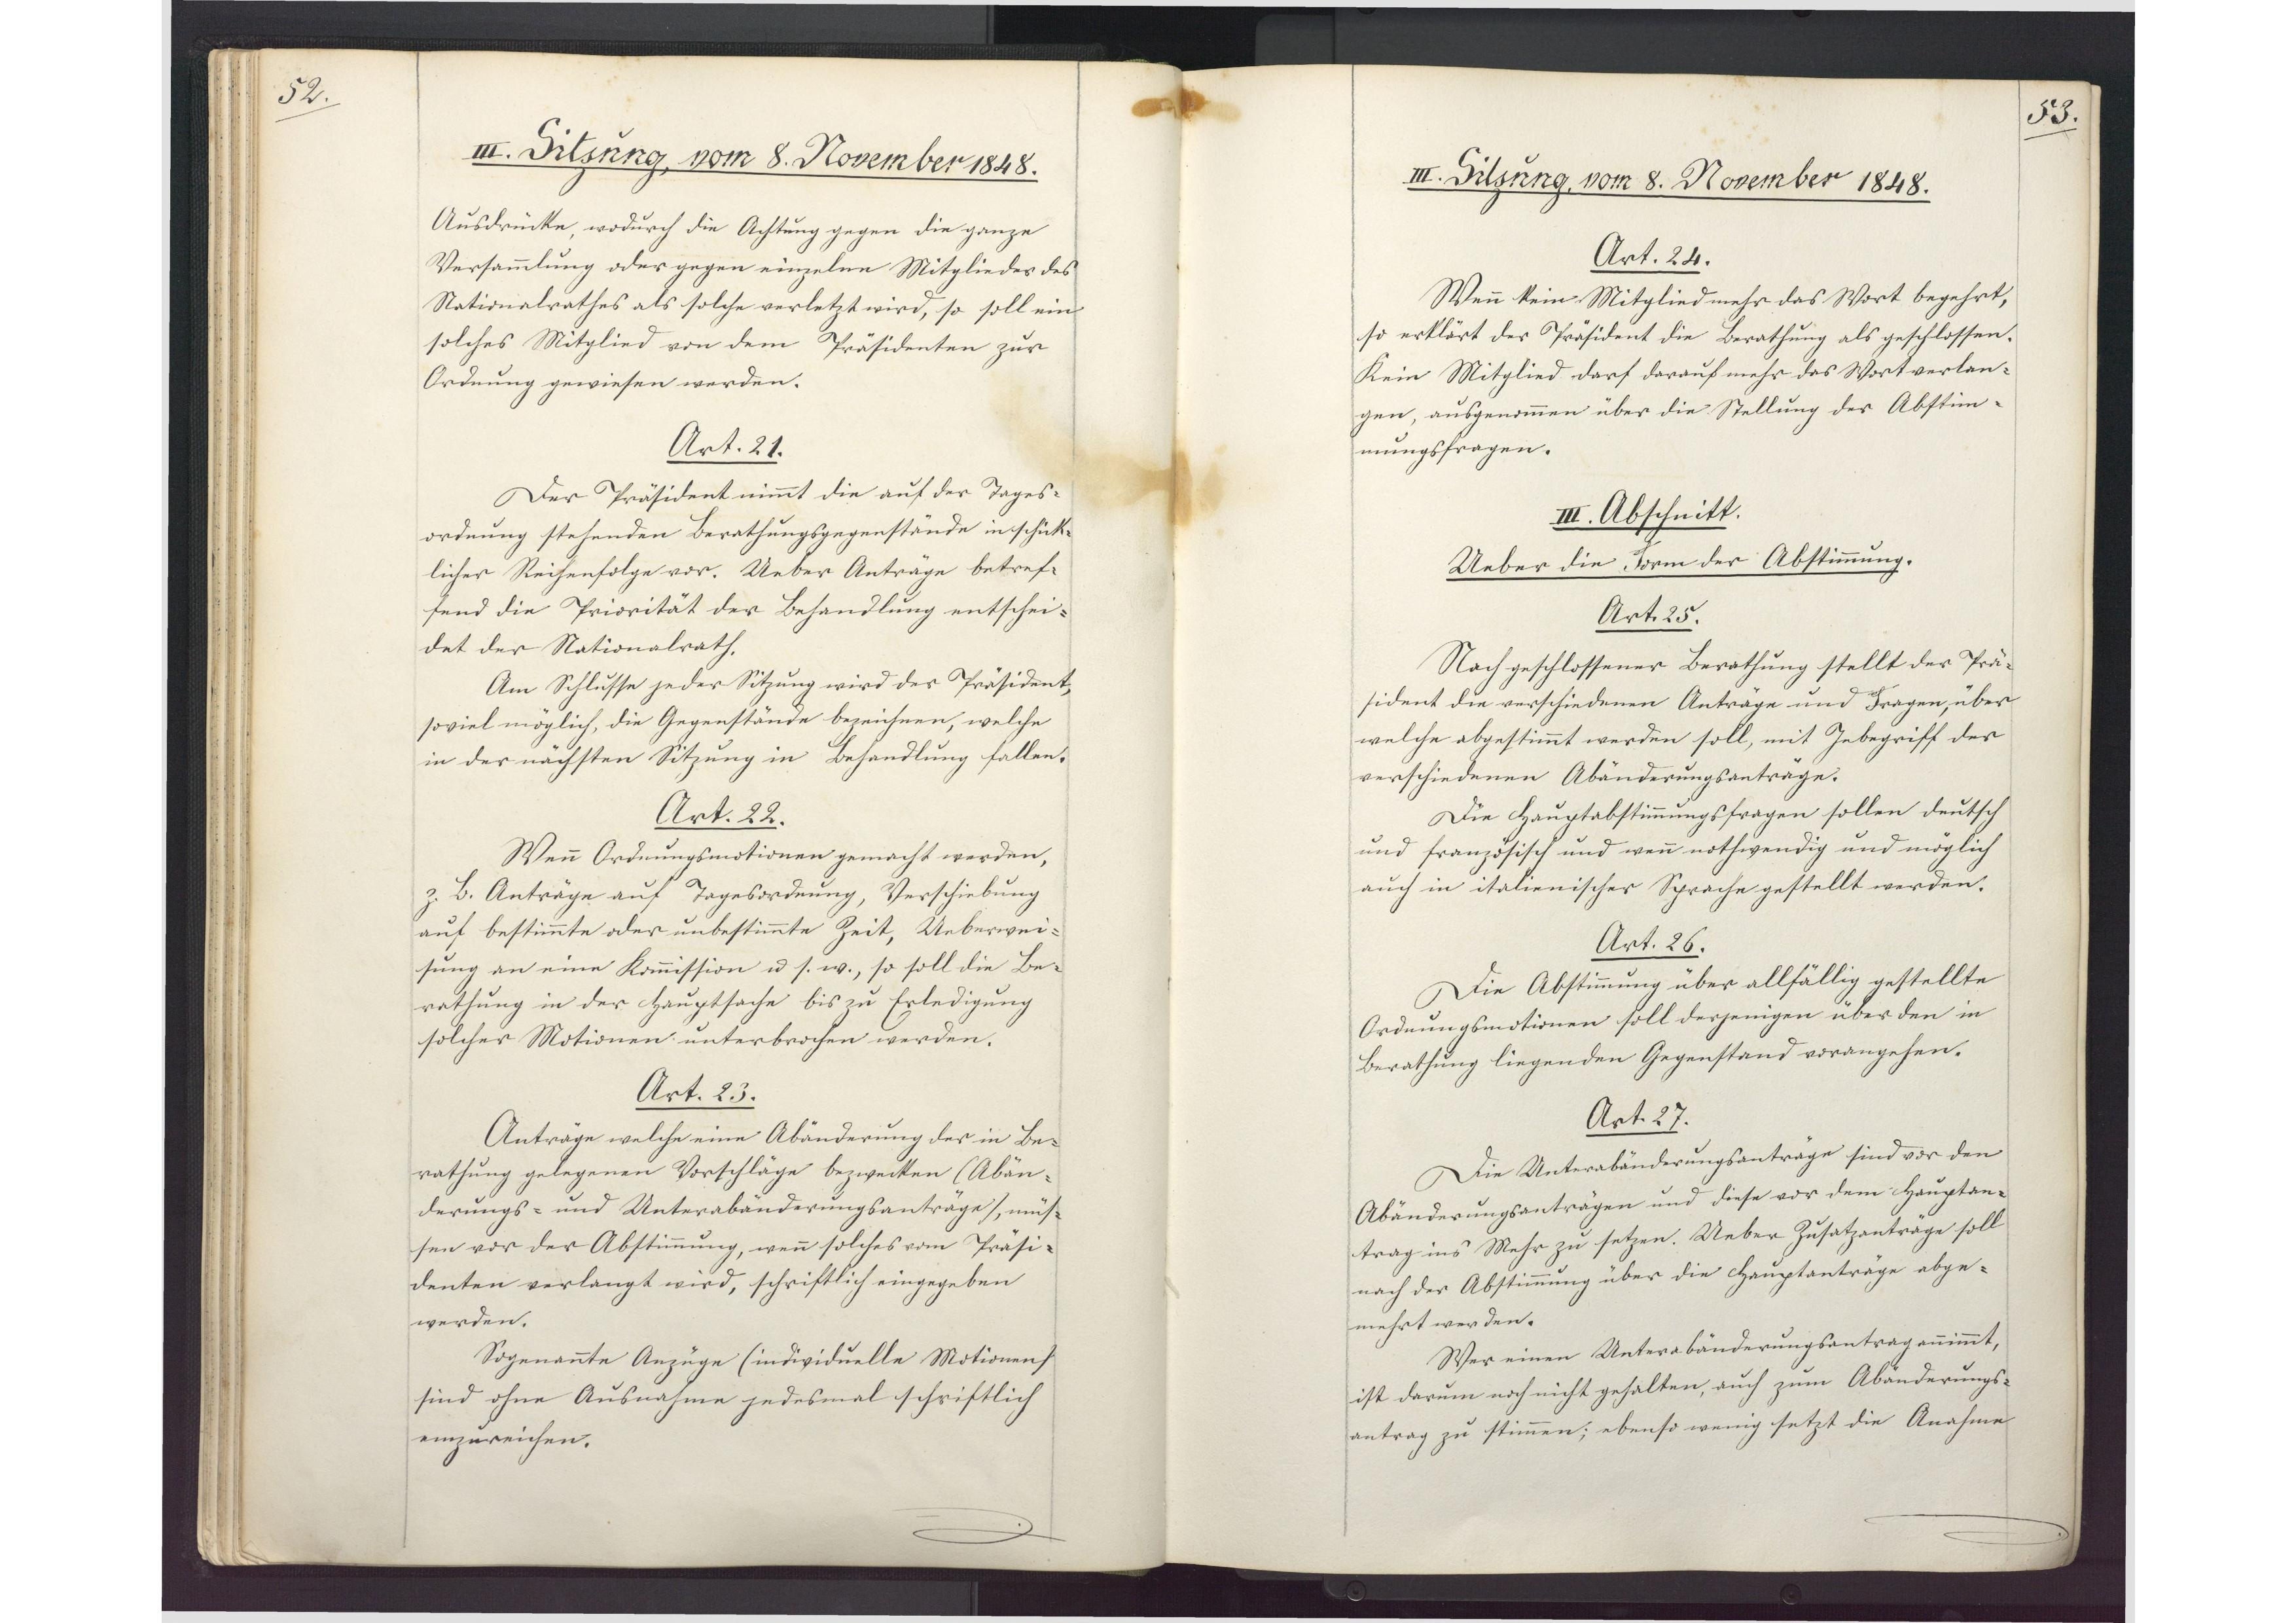
52.

III. Sitzung, vom 8. November 1848.

Ausdrücke, wodurch die Achtung gegen die ganze
Versammlung oder gegen einzelne Mitglieder des
Nationalrathes als solche verletzt wird, so soll ein
solches Mitglied von dem Präsidenten zur
Ordnung gewiesen werden.
Art. 21.
Der Präsident nimmt die auf der Tages¬
ordnung stehenden Berathungsgegenstände in schick¬
licher Reihenfolge vor. Ueber Anträge betref¬
fend die Priorität der Behandlung entschei¬
det der Nationalrath.
Am Schlusse jeder Sitzung wird der Präsident,
soviel möglich, die Gegenstände bezeichnen, welche
in der nächsten Sitzung in Behandlung fallen.
Art. 22.
Wenn Ordnungsmotionen gemacht werden,
z. B. Anträge auf Tagesordnung, Verschiebung
auf bestimmte oder unbestimmte Zeit, Ueberwei¬
sung an eine Kommission u s. w., so soll die Be¬
rathung in der Hauptsache bis zu Erledigung
solcher Motionen unterbrochen werden.
Art. 23.
Anträge welche eine Abänderung der in Be¬
rathung gelegenen Vorschläge bezwecken (Abän¬
derungs- und Unterabänderungsanträge), müs¬
sen vor der Abstimmung, wenn solches vom Präsi¬
denten verlangt wird, schriftlich eingegeben
werden.
Sogenannte Anzüge (individuelle Motionen)
sind ohne Ausnahme jedesmal schriftlich
einzureichen.

53.

III. Sitzung, vom 8. November 1848.

Art. 24.
Wenn kein Mitglied mehr das Wort begehrt,
so erklärt der Präsident die Berathung als geschlossen.
Kein Mitglied darf darauf mehr das Wort verlan¬
gen, ausgenommen über die Stellung der Abstim¬
mungsfragen.
III. Abschnitt.
Ueber die Form der Abstimmung.
Art. 25.
Nach geschlossener Berathung stellt der Prä¬
sident die verschiedenen Anträge und Fragen, über
welche abgestimmt werden soll, mit Inbegriff der
verschiedenen Abänderungsanträge.
Die Hauptabstimmungsfragen sollen deutsch
und französisch und wenn nothwendig und möglich
auch in italienischer Sprache gestellt werden.
Art. 26.
Die Abstimmung über allfällig gestellte
Ordnungsmotionen soll derjenigen über den in
Berathung liegenden Gegenstand vorangehen.
Art. 27.
Die Unterabänderungsanträge sind vor den
Abänderungsanträgen und diese vor dem Hauptan¬
trag ins Mehr zu setzen. Ueber Zusatzanträge soll
nach der Abstimmung über die Hauptanträge abge¬
mehrt werden.
Wer einen Unterabänderungsantrag annimmt,
ist darum noch nicht gehalten, auch zum Abänderungs¬
antrag zu stimmen; ebenso wenig setzt die Anahme